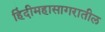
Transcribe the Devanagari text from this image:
हिंदीमहासागरातील